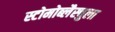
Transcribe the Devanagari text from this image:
स्टोमोब्लैस्चुला